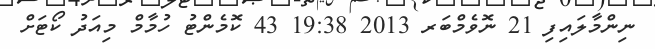
ނިންމާލައިފި 21 ނޮވެމްބަރ 2013 19:38 43 ކޮމެންޓު ހުމާމް މިއަދު ކޯޓަށް